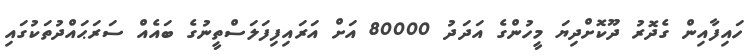
ހައިފާއިން ގެދޮރު ދޫކޮށްދިޔަ މީހުންގެ އަދަދު 80000 އަށް އަރައިފިފަލަސްތީނުގެ ބައެއް ސަރަޙައްދުތަކުގައި